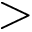
>